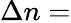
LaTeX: \Delta{}n=